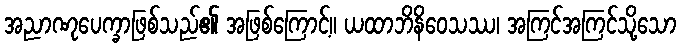
အညာဏုပေက္ခာဖြစ်သည်၏ အဖြစ်ကြောင့်။ ယထာဘိနိဝေသဿ၊ အကြင်အကြင်သို့သော